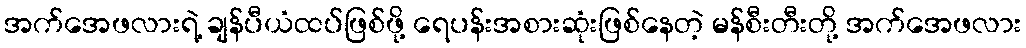
အက်အေဖလားရဲ့ ချန်ပီယံထပ်ဖြစ်ဖို့ ရေပန်းအစားဆုံးဖြစ်နေတဲ့ မန်စီးတီးတို့ အက်အေဖလား